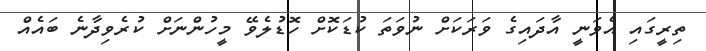
ތިރީގައި އެވަނީ އާދައިގެ ވަރަކަށް ނުވަތަ ކުޑަކޮށް ހޮޑުލެވޭ މީހުންނަށް ކުރެވިދާނެ ބައެއް